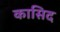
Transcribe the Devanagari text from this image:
कासिद